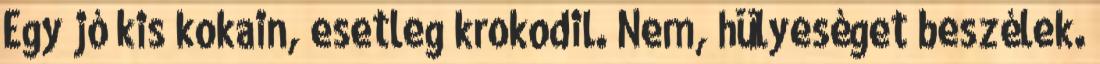
Egy jó kis kokain, esetleg krokodil. Nem, hülyeséget beszélek.